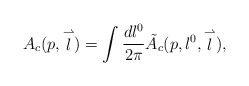
\begin{align*}A_c(p,\stackrel{\rightharpoonup}{l})=\int \frac{dl^0}{2\pi}\tilde{A}_c(p,l^0,\stackrel{\rightharpoonup}{l}),\end{align*}